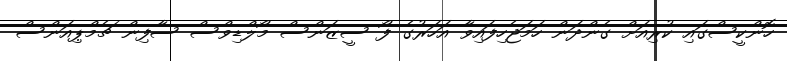
ހޮންކީސްގައި ކުރިއަށް ގެންދަން ހަމަޖެހިފައިވާ އަހަރުގެ ފޯ ސީޒަންސް މޯލްޑިވްސް ސާފިން ޗެމްޕިއަންސް